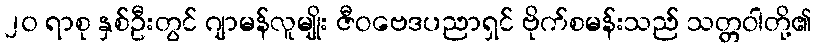
၂၀ ရာစု နှစ်ဦးတွင် ဂျာမန်လူမျိုး ဇီဝဗေဒပညာရှင် ဗိုက်စမန်းသည် သတ္တဝါတို့၏